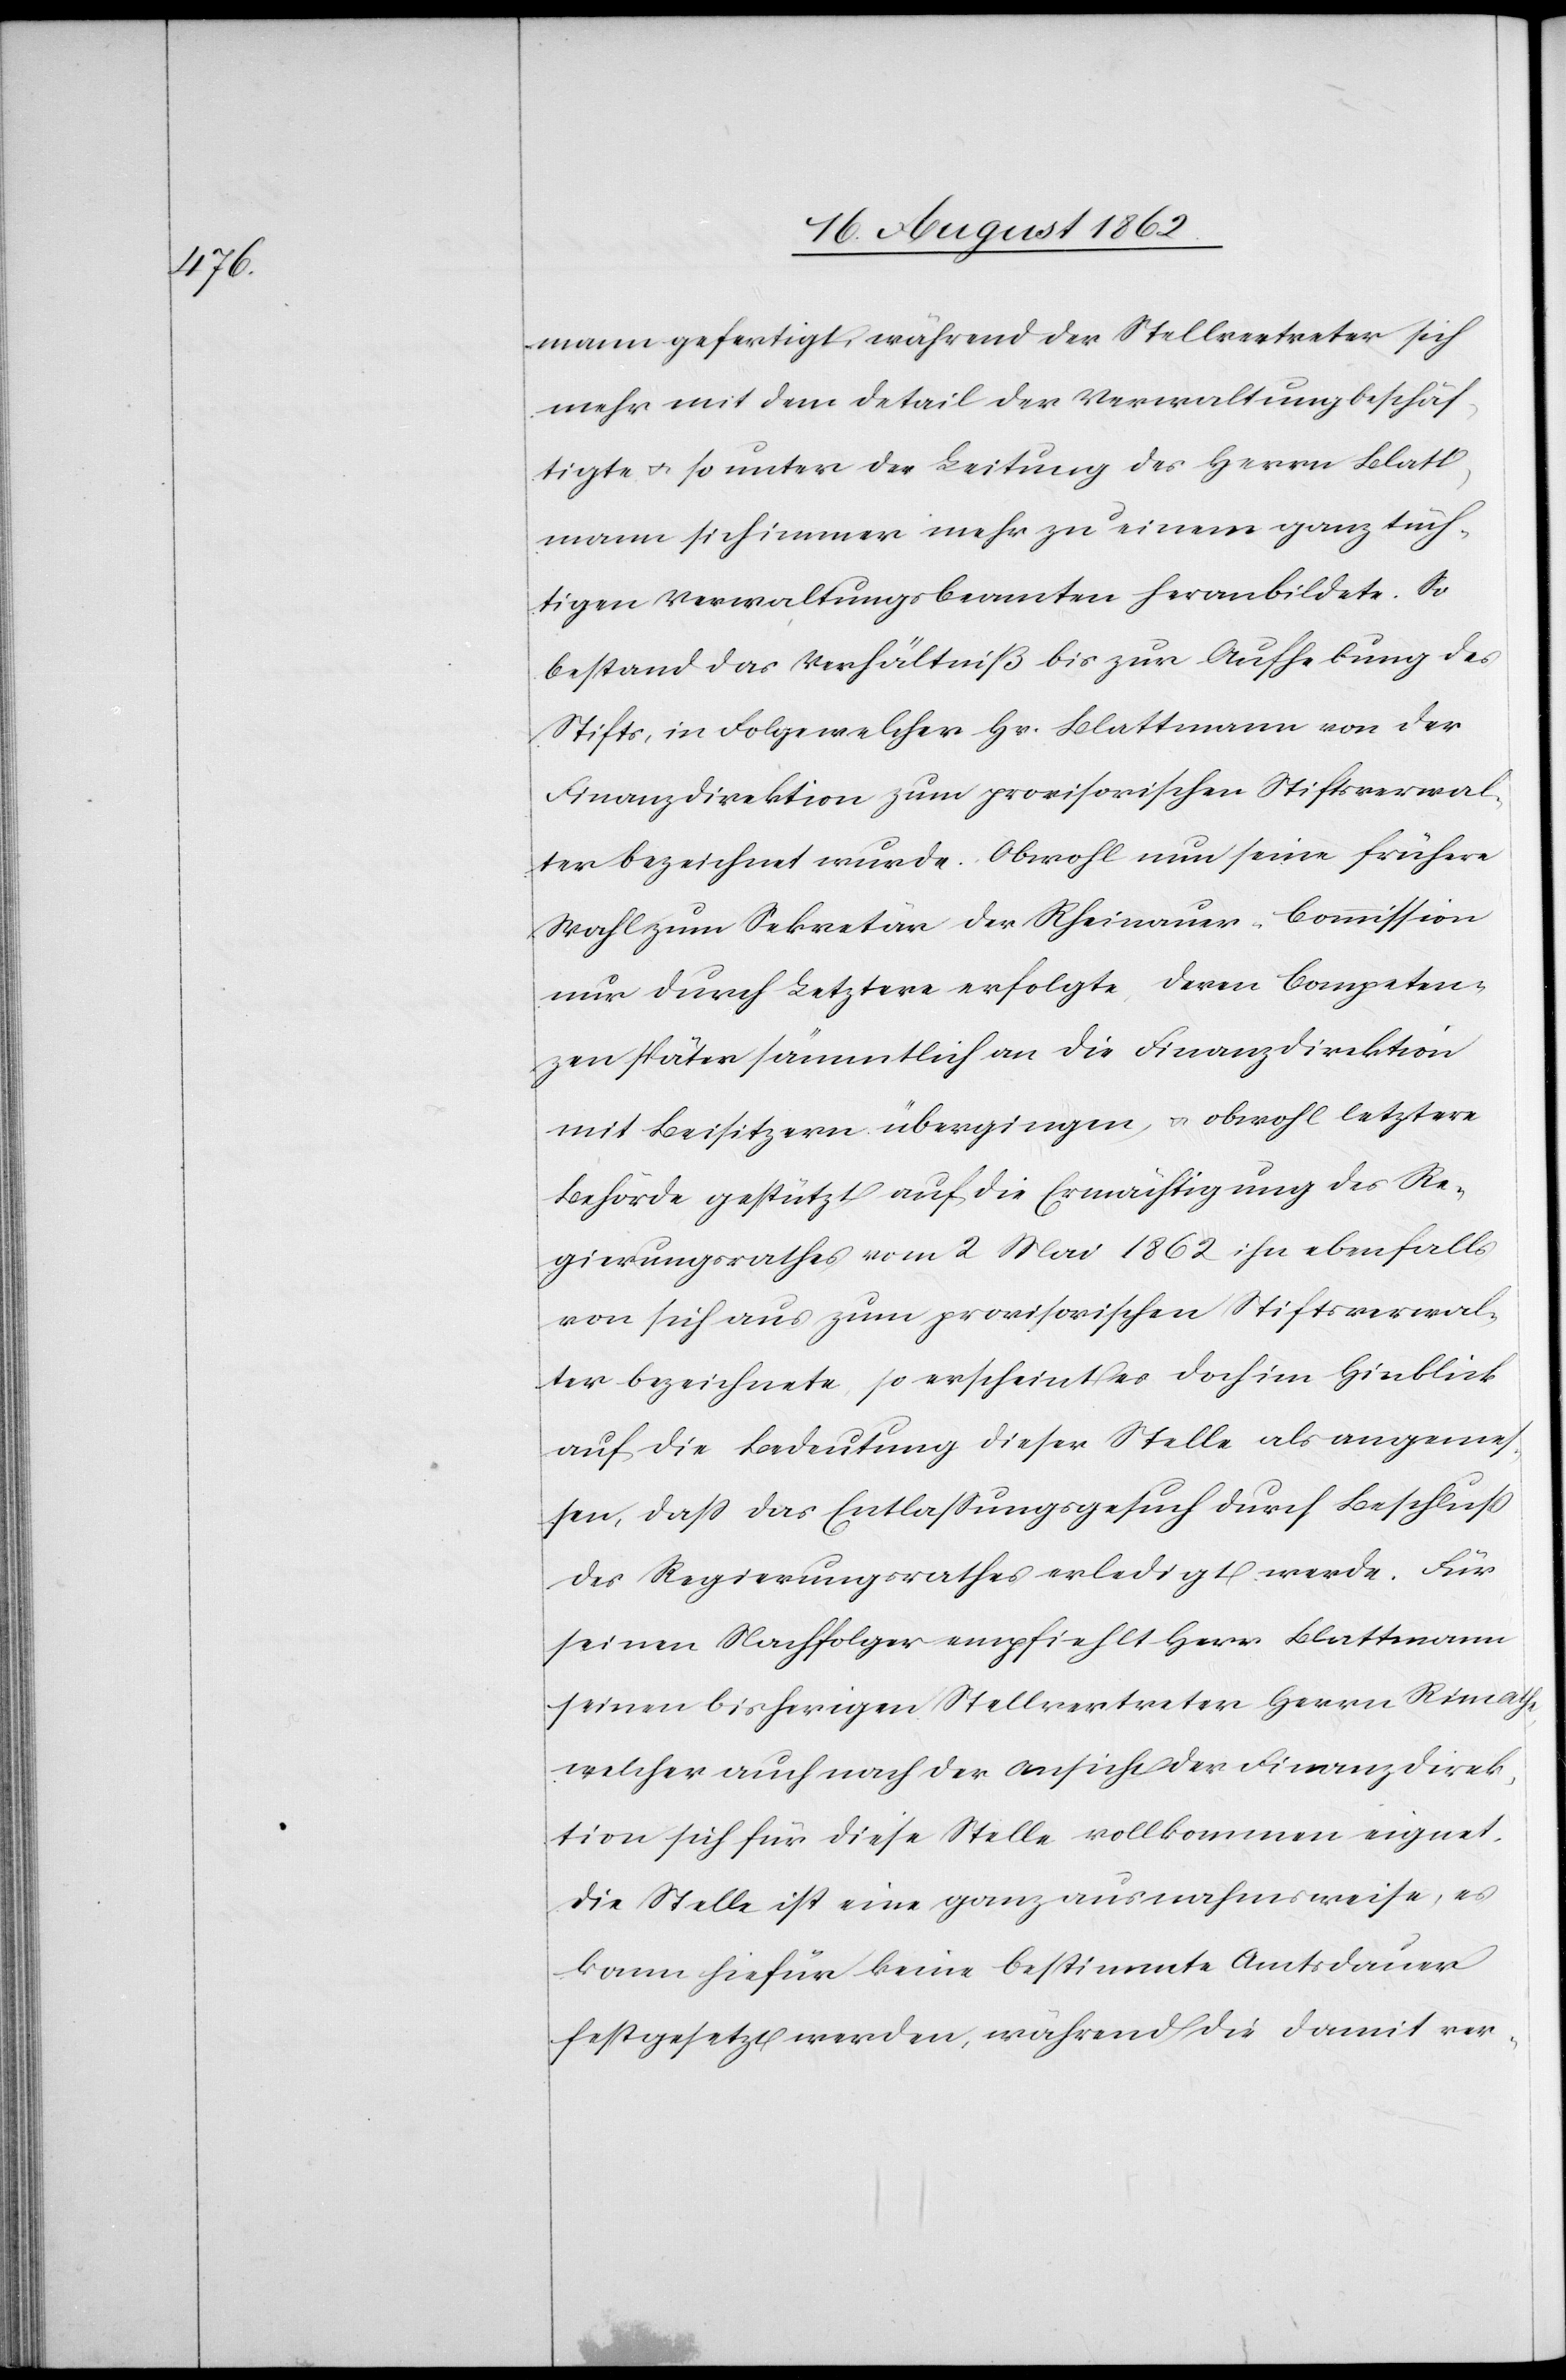
mann gefertigt, während der Stellvertreter sich
mehr mit dem Detail der Verwaltung beschäf¬
tigte u. so unter der Leitung des Herrn Blatt¬
mann sich immer mehr zu einem ganz tüch¬
tigen Verwaltungsbeamten heranbildete. So
bestand das Verhältniß bis zu Aufhebung des
Stifts, in Folge welcher Hr. Blattmann von der
Finanzdirektion zum provisorischen Stiftsverwal¬
ter bezeichnet wurde. Obwohl nun seine frühere
Wahl zum Sekretär der Rheinauer-Commission
nur durch Letztere erfolgte, deren Competen¬
zen später sämmtlich an die Finanzdirektion
mit Beisitzern übergingen, u. obwohl letztere
Behörde gestützt auf die Ermächtigung des Re¬
gierungsrathes vom 2. Mai 1862 ihn ebenfalls
von sich aus zum provisorischen Stiftsverwal¬
ter bezeichnete, so erscheint es doch im Hinblick
auf die Bedeutung dieser Stelle als angeme¬
ssen, daß das Entlaßungsgesuch durch Beschluß
des Regierungsrathes erledigt werde. Für
seinen Nachfolger empfiehlt Herr Blattmann
seinen bisherigen Stellvertreter Herrn Rimathe,
welcher auch nach der Ansicht der Finanzdirek¬
tion sich für diese Stelle vollkommen eignet.
Die Stelle ist eine ganz ausnahmsweise, es
kann hiefür keine bestimmte Amtsdauer
festgesetzt werden, während die damit ver-